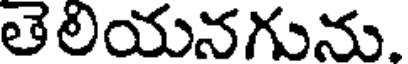
తెలియనగును.